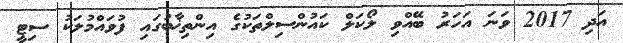
އަދި 2017 ވަނަ އަހަރު ބޭއްވި ލޯކަލް ކައުންސިލްތަކުގެ އިންތިޚާބުގައި ފުވައްމުލަކު ސިޓީ